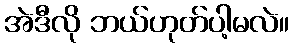
အဲဒီလို ဘယ်ဟုတ်ပါ့မလဲ။